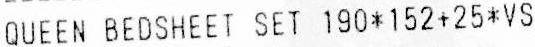
QUEEN BEDSHEET SET 190*152+25*VS